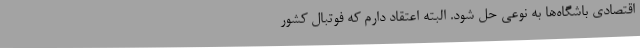
اقتصادی باشگاه‌ها به نوعی حل شود. البته اعتقاد دارم که فوتبال کشور